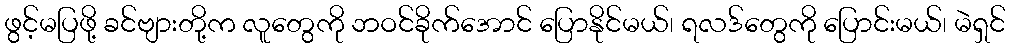
ဖွင့်မပြဖို့ ခင်ဗျားတို့က လူတွေကို ဘဝင်ခိုက်အောင် ပြောနိုင်မယ်၊ ရလဒ်တွေကို ပြောင်းမယ်၊ မဲရှင်